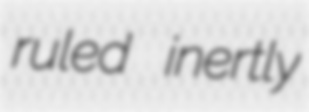
ruled inertly